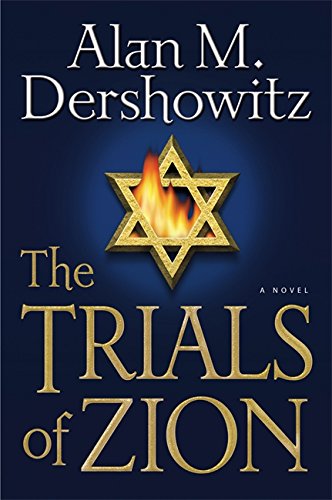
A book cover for The Trials of Zion; Alan M. Dershowitz; Mystery, Thriller & Suspense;